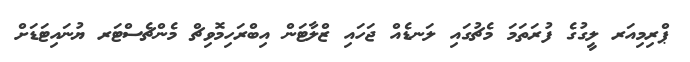
ޕްރިމިއަރ ލީގުގެ ފުރަތަމަ މެޗުގައި ލަނޑެއް ޖަހައި ޒްލާާޓަން އިބްރަހިމޮވިޗް މެންޗެސްޓަރ ޔުނައިޓަޑަށް